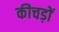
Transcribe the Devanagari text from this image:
कीचड़ों